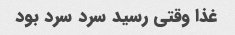
غذا وقتی رسید سرد سرد بود